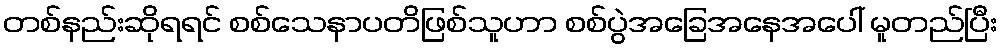
တစ်နည်းဆိုရရင် စစ်သေနာပတိဖြစ်သူဟာ စစ်ပွဲအခြေအနေအပေါ် မူတည်ပြီး